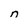
Character: n